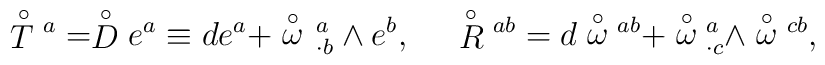
\stackrel{\circ}{T}{^a}=\stackrel{\circ}{D}e^a\equiv de^a+\stackrel{\circ}{\omega}{_{\,\cdot b}^{\,a}}\wedge e^b,\;\;\;\;\;\stackrel{\circ}{R}{^{ab}}=d\stackrel{\circ}{\omega}{^{ab}}+\stackrel{\circ}{\omega}{^a_{\cdot c}}\wedge\stackrel{\circ}{\omega}{^{cb}},